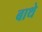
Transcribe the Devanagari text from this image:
बाथे